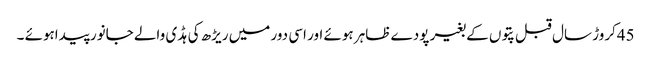
45کروڑ سال قبل پتوں کے بغیر پودے ظاہر ہوئے اور اسی دور میں ریڑھ کی ہڈ ی والے جانور پیداہوئے ۔